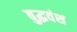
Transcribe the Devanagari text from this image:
बुद्धवंश